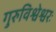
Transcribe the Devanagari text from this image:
गुरुविश्वेश्वरः